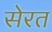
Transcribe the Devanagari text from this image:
सेरत